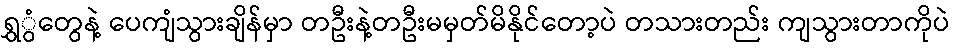
ရွှွံတွေနဲ့ ပေကျံသွားချိန်မှာ တဦးနဲ့တဦးမမှတ်မိနိုင်တော့ပဲ တသားတည်း ကျသွားတာကိုပဲ